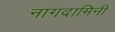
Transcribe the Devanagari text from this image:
नागदामिनी